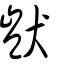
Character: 獃